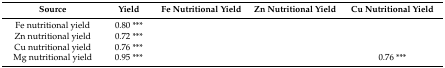
<table><thead><tr><td><b>Source</b></td><td><b>Yield</b></td><td><b>Fe Nutritional Yield</b></td><td><b>Zn Nutritional Yield</b></td><td><b>Cu Nutritional Yield</b></td></tr></thead><tbody><tr><td>Fe nutritional yield</td><td>0.80 ***</td><td>[EMPTY_CELL]</td><td>[EMPTY_CELL]</td><td>[EMPTY_CELL]</td></tr><tr><td>Zn nutritional yield</td><td>0.72 ***</td><td>[EMPTY_CELL]</td><td>[EMPTY_CELL]</td><td>[EMPTY_CELL]</td></tr><tr><td>Cu nutritional yield</td><td>0.76 ***</td><td>[EMPTY_CELL]</td><td>[EMPTY_CELL]</td><td>[EMPTY_CELL]</td></tr><tr><td>Mg nutritional yield</td><td>0.95 ***</td><td>[EMPTY_CELL]</td><td>[EMPTY_CELL]</td><td>0.76 ***</td></tr></tbody></table>